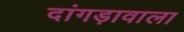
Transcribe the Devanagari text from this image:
दांगड़ावाला